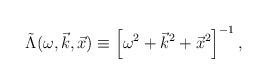
LaTeX: \begin{align*}\tilde\Lambda (\omega, \vec k, \vec x) \equiv \left[ \omega^2+ \vec k^2 + \vec x^2 \right]^{-1} ,\end{align*}